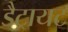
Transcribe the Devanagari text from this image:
डैट्रायट